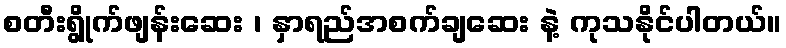
စတီးရွိုက်ဖျန်းဆေး ၊ နှာရည်အစက်ချဆေး နဲ့ ကုသနိုင်ပါတယ်။